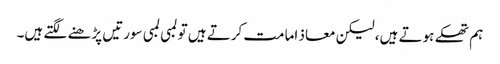
ہم تھکے ہوتے ہیں، لیکن معاذ امامت کرتے ہیں تو لمبی لمبی سورتیں پڑھنے لگتے ہیں۔